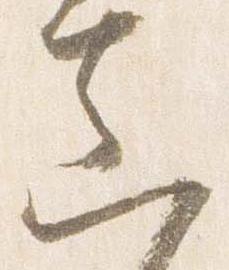
真